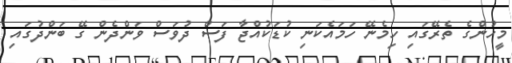
މީހުންގެ ތެރޭގައި ހިމެނޭ ހަމައެކަނި ކުޑަކުއްޖާ ފަސް ދުވަސް ވަންދެން ގޭ ބަންދުގައި